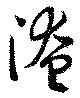
淹